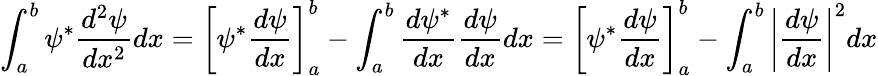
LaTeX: \int_{a}^{b}\psi^{*}{\frac{d^{2}\psi}{dx^{2}}}dx=\left[\psi^{*}{\frac{d\psi}{dx}}\right]_{a}^{b}-\int_{a}^{b}{\frac{d\psi^{*}}{dx}}{\frac{d\psi}{dx}}dx=\left[\psi^{*}{\frac{d\psi}{dx}}\right]_{a}^{b}-\int_{a}^{b}\left|{\frac{d\psi}{dx}}\right|^{2}dx